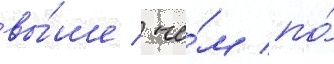
вы́ше / че́м по́